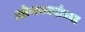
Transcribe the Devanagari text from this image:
ओणनवसेच्या